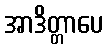
အာဒိတ္တာပေ